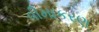
વીમાકરણ